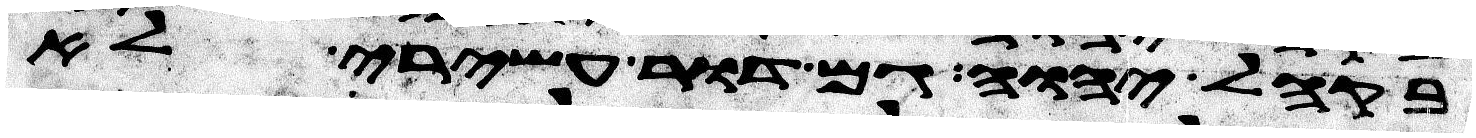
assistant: בקהל יהוה גם דור עשירי לא